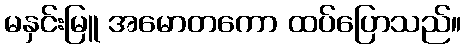
မနှင်းမြူ အမောတကော ထပ်ပြောသည်။